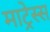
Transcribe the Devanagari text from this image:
माट्रेस्स